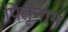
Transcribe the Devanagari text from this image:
पितृनाम